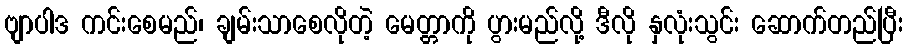
ဗျာပါဒ ကင်းစေမည်၊ ချမ်းသာစေလိုတဲ့ မေတ္တာကို ပွားမည်လို့ ဒီလို နှလုံးသွင်း ဆောက်တည်ပြီး